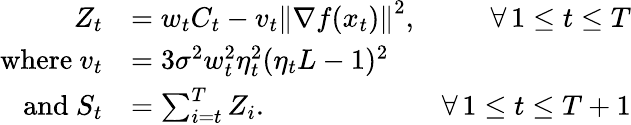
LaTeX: \begin{array}{rlr}{Z_{t}}&{=w_{t}C_{t}-v_{t}\left\Vert\nabla f(x_{t})\right\Vert^{2},}&{\forall\, 1\le t\le T}\\ {\mathrm{where~}v_{t}}&{=3\sigma^{2}w_{t}^{2}\eta_{t}^{2}(\eta_{t}L-1)^{2}}\\ {\mathrm{and~}S_{t}}&{=\sum_{i=t}^{T}Z_{i}.}&{\forall\, 1\le t\le T+1}\end{array}